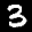
Label: 3